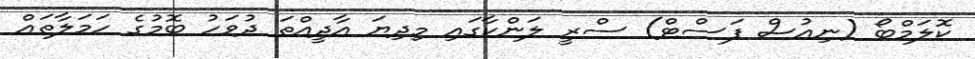
ކޮލަމްބޯ (ނިއުސް ފަސްޓް) ސްރީ ލަންކާގައި މިދިޔަ އާދީއްތަ ދުވަހު ބޮމުގެ ހަމަލާތައް